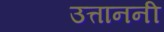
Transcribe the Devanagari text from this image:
उत्ताननी